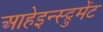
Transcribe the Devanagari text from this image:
आहेइन्स्ट्रुमेंट